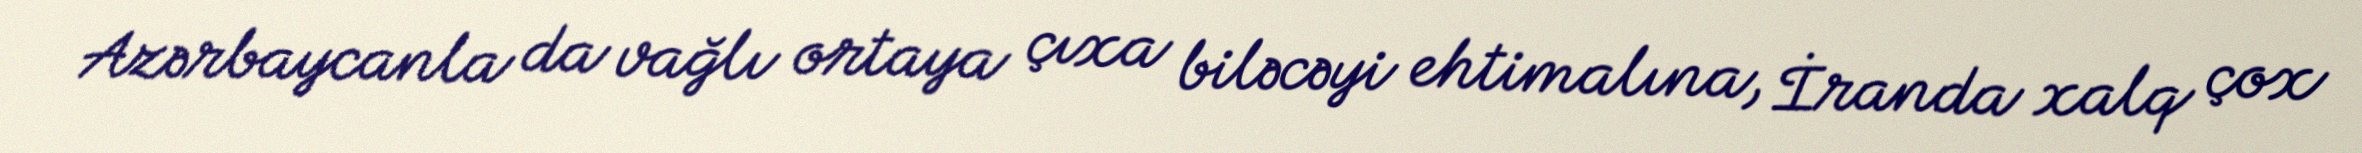
Azərbaycanla da vağlı ortaya çıxa biləcəyi ehtimalına, İranda xalq çox